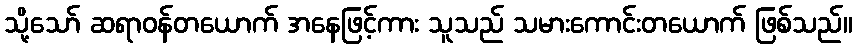
သို့သော် ဆရာဝန်တယောက် အနေဖြင့်ကား သူသည် သမားကောင်းတယောက် ဖြစ်သည်။